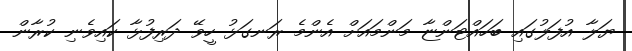
ޔަލާ އުފަލުގައި ބަހައްޓަންޏާ މަންމައަށް އެންމެ ރަނގަޅު ހީވޭ ދަރިފުޅާ ކައިވެނި ކުރާން